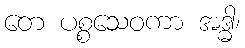
တေ ပစ္စသေဝကာ အဒ္ဓါ၊